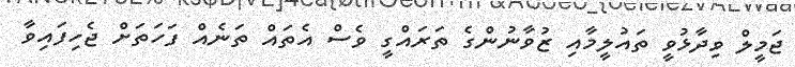
ޖަމީލް ވިދާޅުވީ ތައުލީމާއި ޒުވާނުންގެ ތަރައްގީ ވެސް އެތައް ތަނެއް ފަހަތަށް ޖެހިފައިވާ